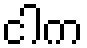
ငါက